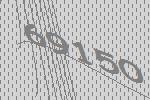
69150